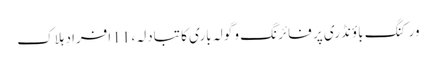
ورکنگ باؤنڈری پر فائرنگ و گولہ باری کا تبادلہ، 11 افراد ہلاک